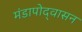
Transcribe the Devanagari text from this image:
मंडापोद्‌वासन